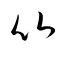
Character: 比